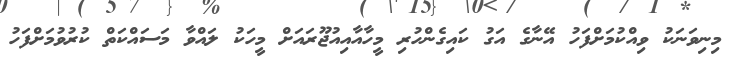
މިނިވަނަކު ވިއްކުމަށްފަހު އޭނާގެ އަގު ކައިގެންހުރި މީހާއާއިއުޖޫރައަށް މީހަކު ލައްވާ މަސައްކަތް ކުރުވުމަށްފަހު